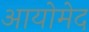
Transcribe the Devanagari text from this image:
आयोमेद